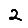
Digit: 2